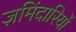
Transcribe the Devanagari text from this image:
ज़मिंदारियों